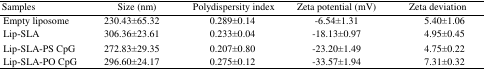
<table><thead><tr><td><b>Samples</b></td><td><b>Size (nm)</b></td><td><b>Polydispersity index</b></td><td><b>Zeta potential (mV)</b></td><td><b>Zeta deviation</b></td></tr></thead><tbody><tr><td>Empty liposome</td><td>230.43±65.32</td><td>0.289±0.14</td><td>-6.54±1.31</td><td>5.40±1.06</td></tr><tr><td>Lip-SLA</td><td>306.36±23.61</td><td>0.233±0.04</td><td>-18.13±0.97</td><td>4.95±0.45</td></tr><tr><td>Lip-SLA-PS CpG</td><td>272.83±29.35</td><td>0.207±0.80</td><td>-23.20±1.49</td><td>4.75±0.22</td></tr><tr><td>Lip-SLA-PO CpG</td><td>296.60±24.17</td><td>0.275±0.12</td><td>-33.57±1.94</td><td>7.31±0.32</td></tr></tbody></table>